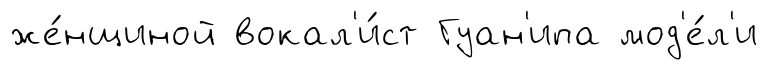
же́нщиной вокал'и́ст Гуан'ипа мод'е́л'и